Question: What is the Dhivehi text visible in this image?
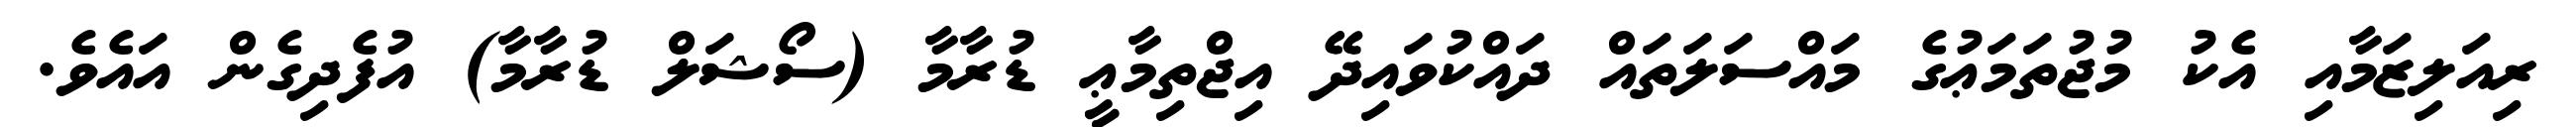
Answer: ރިއަލިޒަމާއި އެކު މުޖުތަމަޢުގެ މައްސަލަތައް ދައްކުވައިދޭ އިޖްތިމާޢީ ޑުރާމާ (ސޯޝަލް ޑުރާމާ) އުފެދިގެން އައެވެ.